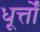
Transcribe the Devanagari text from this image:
धूर्त्तों